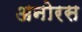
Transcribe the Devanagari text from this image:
अनोरस